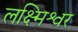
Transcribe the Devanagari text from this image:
लक्ष्मिश्वर